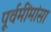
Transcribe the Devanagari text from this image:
पूर्वमींमांसा